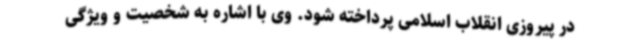
در پیروزی انقلاب اسلامی پرداخته شود. وی با اشاره به شخصیت و ویژگی